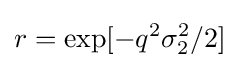
r=\exp[-q^{2}\sigma _{2}^{2}/2]